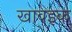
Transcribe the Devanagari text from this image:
खावइक